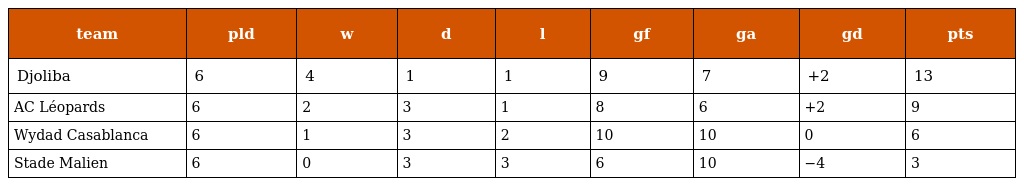
| team | pld | w | d | l | gf | ga | gd | pts |
 | --- | --- | --- | --- | --- | --- | --- | --- | --- |
 | Djoliba | 6 | 4 | 1 | 1 | 9 | 7 | +2 | 13 |
 | AC Léopards | 6 | 2 | 3 | 1 | 8 | 6 | +2 | 9 |
 | Wydad Casablanca | 6 | 1 | 3 | 2 | 10 | 10 | 0 | 6 |
 | Stade Malien | 6 | 0 | 3 | 3 | 6 | 10 | −4 | 3 |